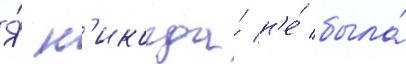
Я́ н'икогда́ н'е́ была́